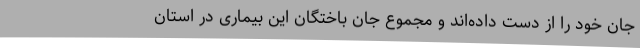
جان خود را از دست داده‌اند و مجموع جان باختگان این بیماری در استان